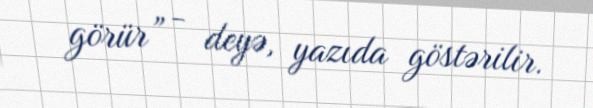
görür” - deyə, yazıda göstərilir.